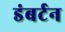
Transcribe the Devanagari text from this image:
डंबर्टन